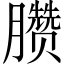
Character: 臜